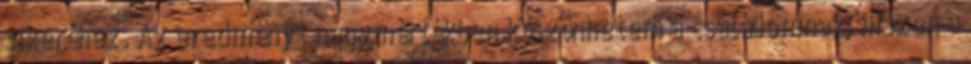
sikeréhez. Az eredményt nagymértékben köszönhetem a családomnak, hiszen a